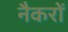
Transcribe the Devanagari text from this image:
नैकरों